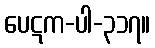
ပေဋက-ပါ-၃၁၇။